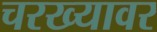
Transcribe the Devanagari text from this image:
चरख्यावर